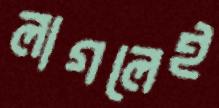
লাগলেই